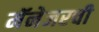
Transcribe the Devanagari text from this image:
मॅनेजरची